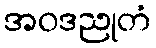
အဝဒညုတံ